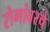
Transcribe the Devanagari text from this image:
रोगांवरचे